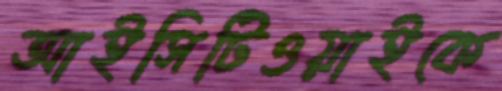
আইসিটিওয়াইকে